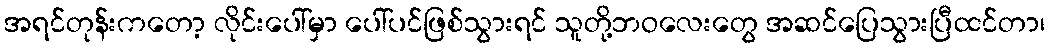
အရင်တုန်းကတော့ လိုင်းပေါ်မှာ ပေါ်ပင်ဖြစ်သွားရင် သူတို့ဘဝလေးတွေ အဆင်ပြေသွားပြီထင်တာ၊